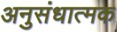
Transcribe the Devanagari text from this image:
अनुसंधात्मक